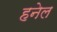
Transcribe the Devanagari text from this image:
हनेल